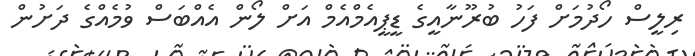
ރިލީސް ހޯދުމަށް ފަހު ބުރޫނާއީގެ ޑީޕީއެމްއެމް އަށް ލޯން އެއްބަސް ވުމެއްގެ ދަށުން